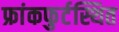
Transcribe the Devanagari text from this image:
फ्रांकफुर्टस्थित